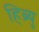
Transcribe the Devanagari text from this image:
हिब्र्यु